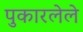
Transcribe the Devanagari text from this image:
पुकारलेले